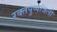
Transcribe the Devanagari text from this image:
रक्तपुष्पांजली